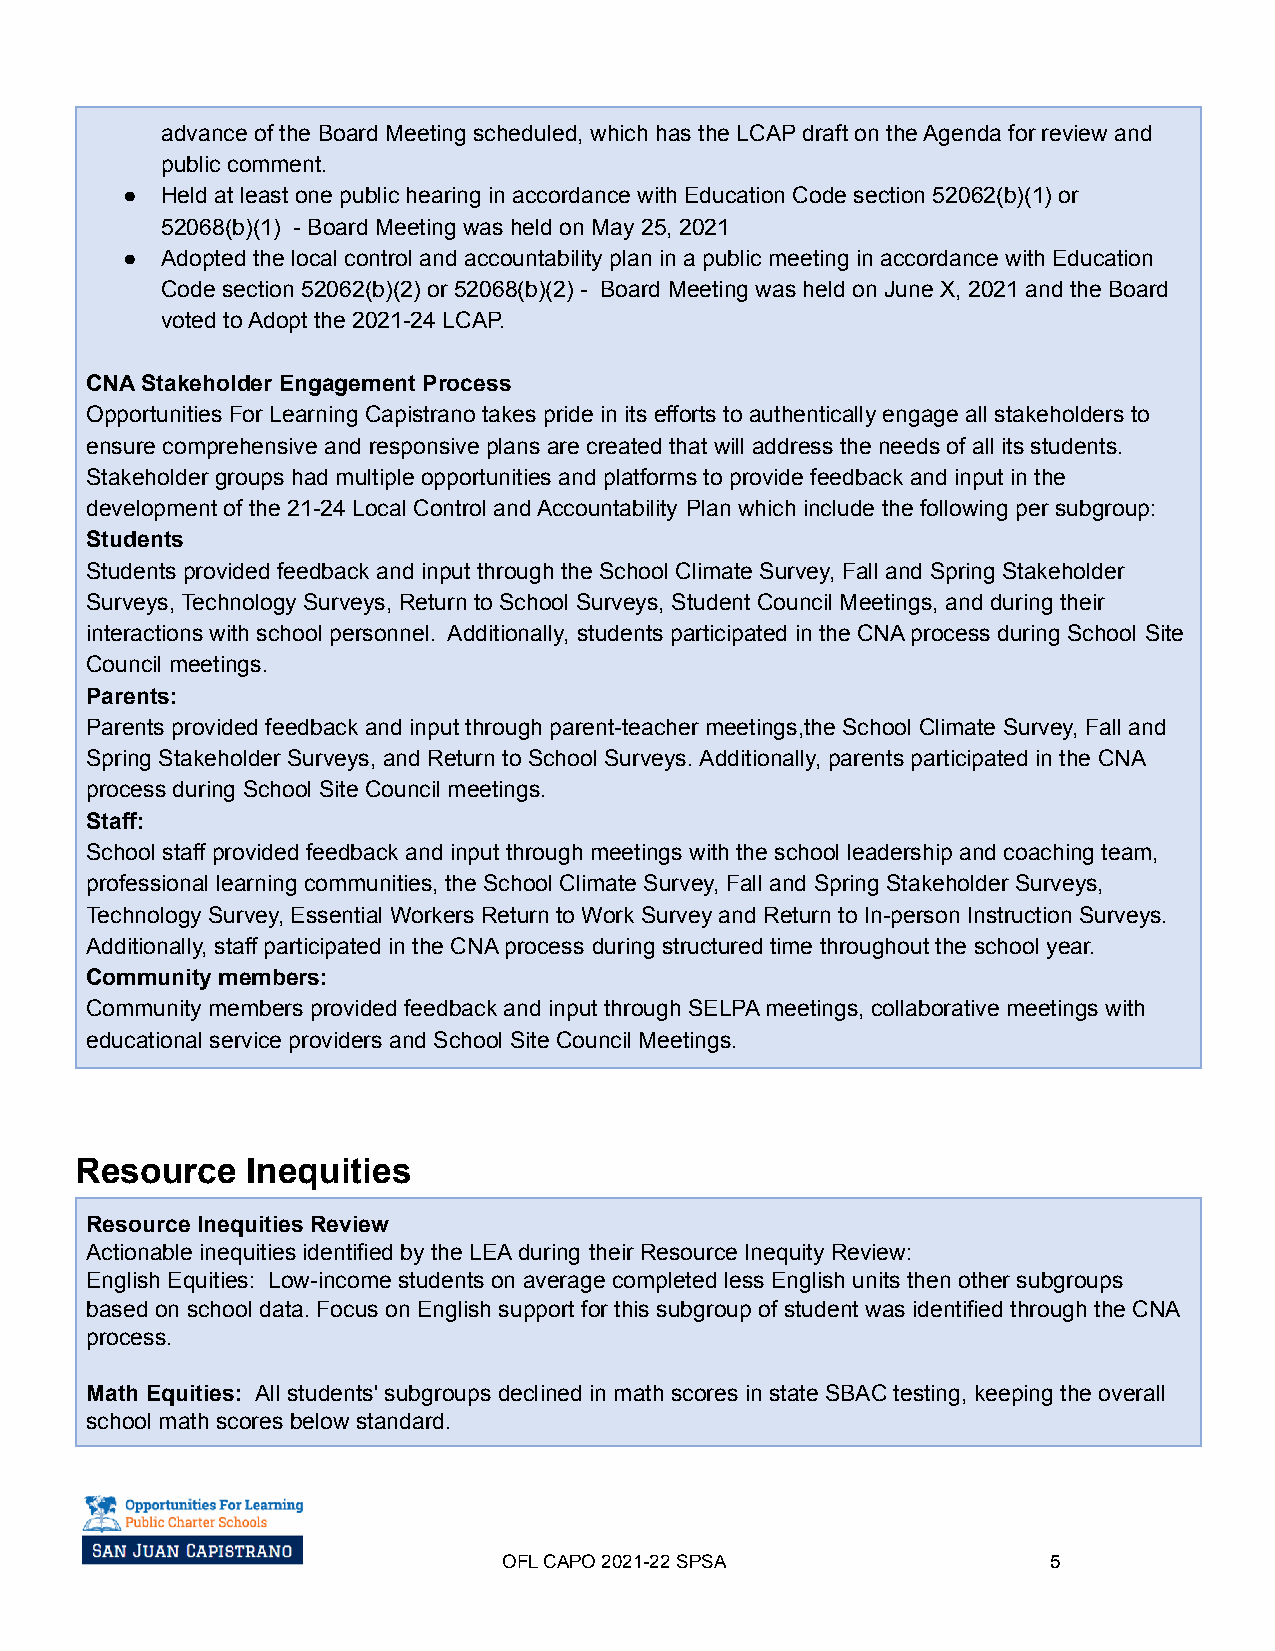
advance of the Board Meeting scheduled, which has the LCAP draft on the Agenda for review and
 public comment.
 ●  Held at least one public hearing in accordance with Education Code section 52062(b)(1) or
 52068(b)(1) - Board Meeting was held on May 25, 2021
 ●  Adopted the local control and accountability plan in a public meeting in accordance with Education
 Code section 52062(b)(2) or 52068(b)(2) - Board Meeting was held on June X, 2021 and the Board
 voted to Adopt the 2021-24 LCAP.
 CNA Stakeholder Engagement Process
 Opportunities For Learning Capistrano takes pride in its efforts to authentically engage all stakeholders to
 ensure comprehensive and responsive plans are created that will address the needs of all its students.
 Stakeholder groups had multiple opportunities and platforms to provide feedback and input in the
 development of the 21-24 Local Control and Accountability Plan which include the following per subgroup:
 Students
 Students provided feedback and input through the School Climate Survey, Fall and Spring Stakeholder
 Surveys, Technology Surveys, Return to School Surveys, Student Council Meetings, and during their
 interactions with school personnel. Additionally, students participated in the CNA process during School Site
 Council meetings.
 Parents:
 Parents provided feedback and input through parent-teacher meetings,the School Climate Survey, Fall and
 Spring Stakeholder Surveys, and Return to School Surveys. Additionally, parents participated in the CNA
 process during School Site Council meetings.
 Staff:
 School staff provided feedback and input through meetings with the school leadership and coaching team,
 professional learning communities, the School Climate Survey, Fall and Spring Stakeholder Surveys,
 Technology Survey, Essential Workers Return to Work Survey and Return to In-person Instruction Surveys.
 Additionally, staff participated in the CNA process during structured time throughout the school year.
 Community members:
 Community members provided feedback and input through SELPA meetings, collaborative meetings with
 educational service providers and School Site Council Meetings.
 Resource   Inequities
 Resource Inequities Review
 Actionable inequities identified by the LEA during their Resource Inequity Review:
 English Equities: Low-income students on average completed less English units then other subgroups
 based on school data. Focus on English support for this subgroup of student was identified through the CNA
 process.
 Math Equities: All students' subgroups declined in math scores in state SBAC testing, keeping the overall
 school math scores below standard.
 OFL CAPO 2021-22SPSA                 5